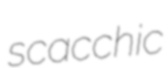
scacchic